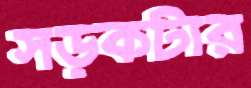
সড়কটার